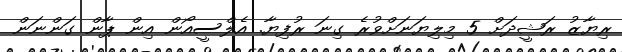
ރިޔާޒު ރަޝީދަށް 5 މިލިޔަނަށްވުރެ ގިނަ ރުފިޔާ. އެލްސީއޯން އިން ޕާން ގަންނަން